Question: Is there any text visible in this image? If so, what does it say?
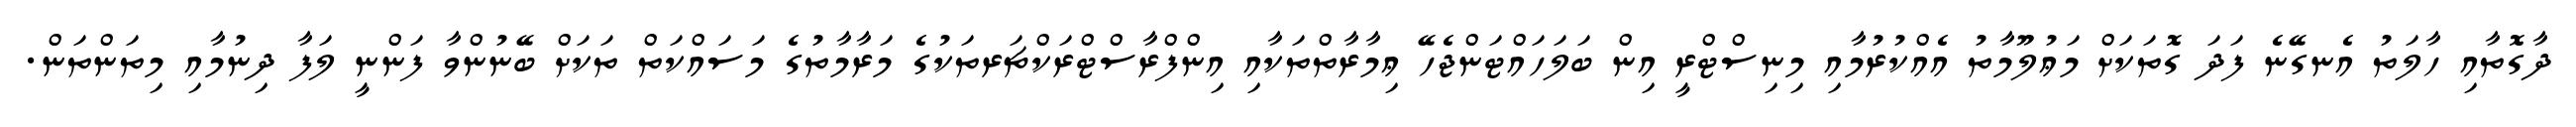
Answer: ދާގޮތާއި ހާލަތު އެނގޭނެ ފަދަ ގޮތަކަށް މަޢުލޫމާތު އެއްކުރުމާއި މިނިސްޓްރީ އިން ބަލަހައްޓަންޖެހޭ ޢިމާރާތްތަކާއި އިންފްރާސްޓްރަކްޗަރތަކުގެ މަރާމާތުގެ މަސައްކަތް ތަކަށް ބޭނުންވާ ފަންނީ ލަފާ ދިނުމާއި މިތަންތަން.